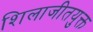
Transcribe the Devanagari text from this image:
शिलाजीतयुक्त